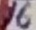
Text: 16